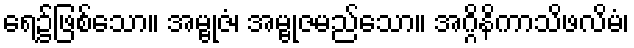
ရေ၌ဖြစ်သော။ အမ္ဗုဇံ၊ အမ္ဗုဇမည်သော။ အဂ္ဂိနိကာသိဖလိမံ၊